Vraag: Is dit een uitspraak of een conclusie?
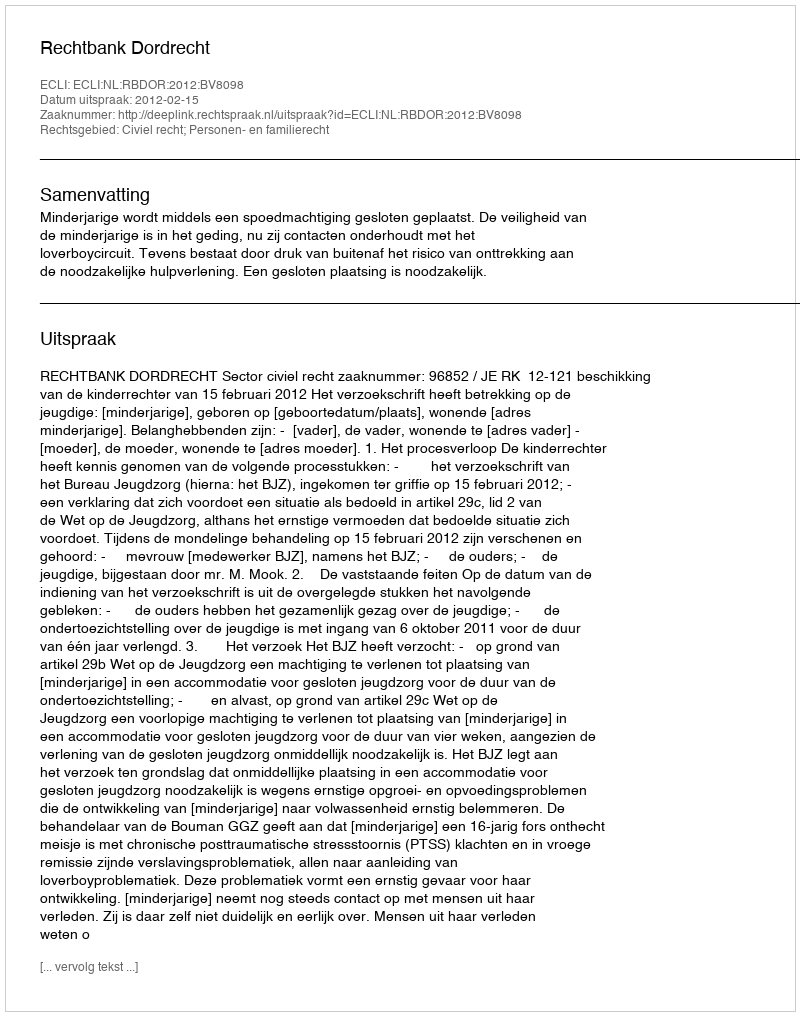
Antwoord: Uitspraak